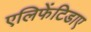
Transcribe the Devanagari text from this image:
एलिफेंटिडाए